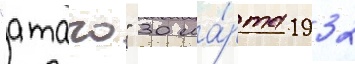
"атаго" 30 ма́рта 1932